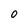
Character: 0